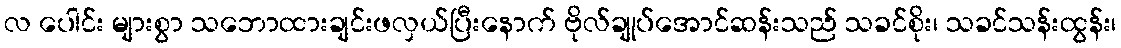
လ ပေါင်း များစွာ သဘောထားချင်းဖလှယ်ပြီးနောက် ဗိုလ်ချုပ်အောင်ဆန်းသည် သခင်စိုး၊ သခင်သန်းထွန်း၊